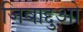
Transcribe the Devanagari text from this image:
जिवाद्दुओ